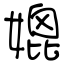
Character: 媲